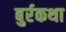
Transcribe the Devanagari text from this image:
बुर्रकथा